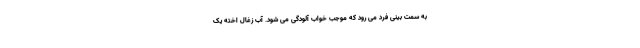
به سمت بینی فرد می رود که موجب خواب آلودگی می شود. آب زغال اخته یک